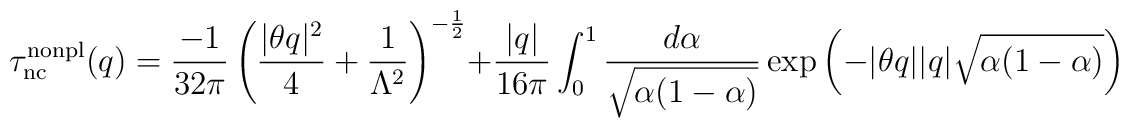
\tau^{\rm nonpl}_{\rm nc}(q)=\frac{-1}{32\pi} \left(\frac{|\theta q|^2}{4} +\frac{1}{\Lambda^2}\right)^{-\frac12}+ \frac{|q|}{16\pi} \int^1_0 \frac{d\alpha}{\sqrt{\alpha(1 - \alpha)}}\exp\left(- |\theta q| |q| \sqrt{\alpha(1 - \alpha)}\right)